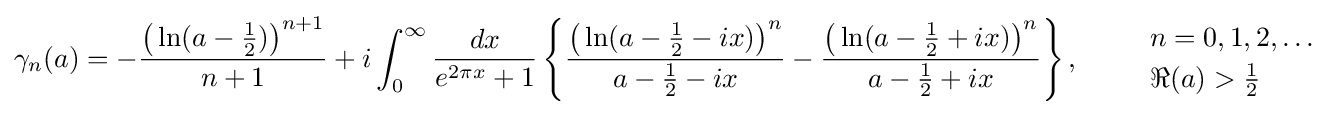
\gamma _{n}(a)=-{\frac {{\big (}\ln(a-{\frac {1}{2}}){\big )}^{n+1}}{n+1}}+i\int _{0}^{\infty }{\frac {dx}{e^{2\pi x}+1}}\left\{{\frac {{\big (}\ln(a-{\frac {1}{2}}-ix){\big )}^{n}}{a-{\frac {1}{2}}-ix}}-{\frac {{\big (}\ln(a-{\frac {1}{2}}+ix){\big )}^{n}}{a-{\frac {1}{2}}+ix}}\right\},\qquad {\begin{array}{l}n=0,1,2,\ldots \\[1mm]\Re (a)>{\frac {1}{2}}\end{array}}